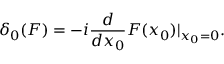
\delta _ { 0 } ( F ) = - i { \frac { d } { d x _ { 0 } } } F ( x _ { 0 } ) \vert _ { x _ { 0 } = 0 } .